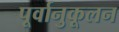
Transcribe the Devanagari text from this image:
पूर्वानुकूलन